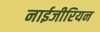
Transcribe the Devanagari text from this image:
नाईजीरियन